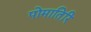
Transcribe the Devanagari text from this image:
पोमातिरि